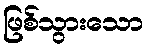
ဖြစ်သွားသော